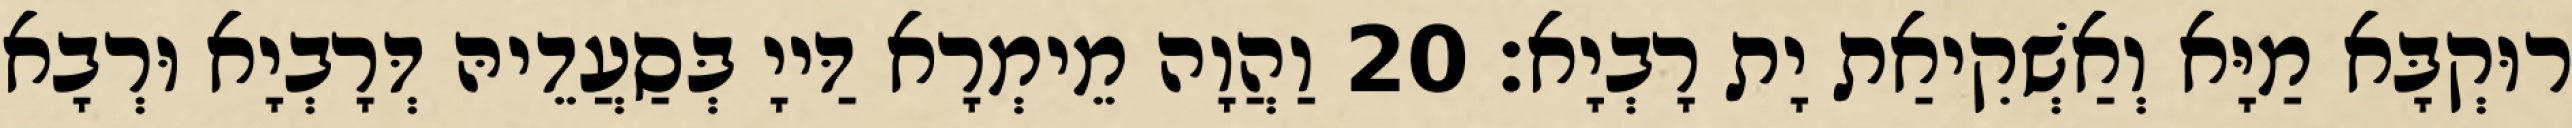
רוּקְבָּא מַיָּא וְאַשְׁקִיאַת יָת רָבְיָא׃ 20 וַהֲוָה מֵימְרָא דַּייָ בְּסַעֲדֵיהּ דְּרָבְיָא וּרְבָא